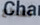
تسطع